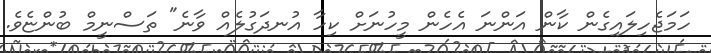
ހަމަޖެހިލައިގެން ކާން އަންނަ އެހެން މީހުނަށް ކިހާ އުނދަގުލެއް ވާނެ" ތަސްނީމް ބުންޏެވެ.